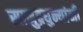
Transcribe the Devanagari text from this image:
सामुद्रधुन्यांनी